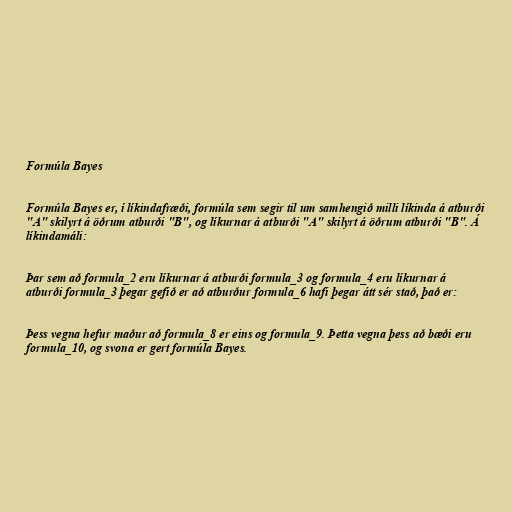
Formúla Bayes

Formúla Bayes er, í líkindafræði, formúla sem segir til um samhengið milli líkinda á atburði
"A" skilyrt á öðrum atburði "B", og líkurnar á atburði "A" skilyrt á öðrum atburði "B". Á
líkindamáli:

Þar sem að formula_2 eru líkurnar á atburði formula_3 og formula_4 eru líkurnar á
atburði formula_3 þegar gefið er að atburður formula_6 hafi þegar átt sér stað, það er:

Þess vegna hefur maður að formula_8 er eins og formula_9. Þetta vegna þess að bæði eru
formula_10, og svona er gert formúla Bayes.